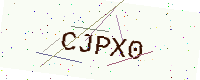
Text: CJPX0